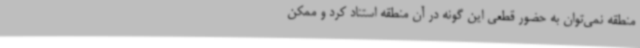
منطقه نمی‌توان به حضور قطعی این گونه در آن منطقه استناد کرد و ممکن